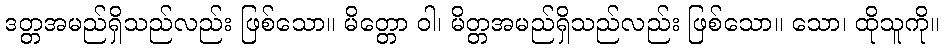
ဒတ္တအမည်ရှိသည်လည်း ဖြစ်သော။ မိတ္တော ဝါ၊ မိတ္တအမည်ရှိသည်လည်း ဖြစ်သော။ သော၊ ထိုသူကို။